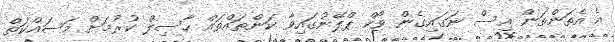
އެ އެތަންތަން އިސް ނަގައިގެން ވޯކް ޕްލޭނުގައިވާ ކަންތައްތައް ހާސިލް ކުރުމަށް މަސައްކަތް